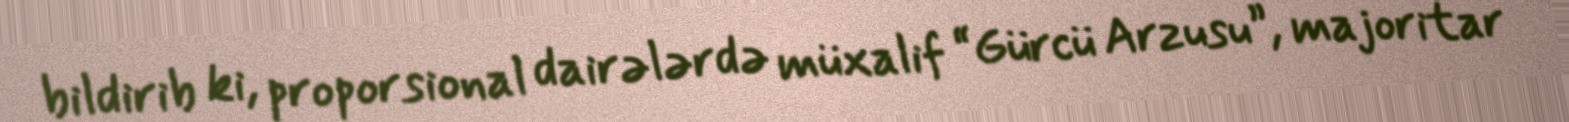
bildirib ki, proporsional dairələrdə müxalif “Gürcü Arzusu”, majoritar